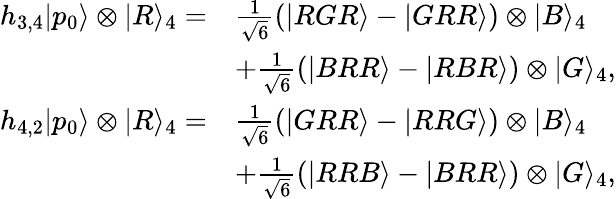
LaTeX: \begin{array}{rl}{h_{3,4}|p_{0}\rangle\otimes|R\rangle_{4}=}&{\frac{1}{\sqrt{6}}(|RGR\rangle-|GRR\rangle)\otimes|B\rangle_{4}}\\ &{+\frac{1}{\sqrt{6}}(|BRR\rangle-|RBR\rangle)\otimes|G\rangle_{4},}\\ {h_{4,2}|p_{0}\rangle\otimes|R\rangle_{4}=}&{\frac{1}{\sqrt{6}}(|GRR\rangle-|RRG\rangle)\otimes|B\rangle_{4}}\\ &{+\frac{1}{\sqrt{6}}(|RRB\rangle-|BRR\rangle)\otimes|G\rangle_{4},}\end{array}